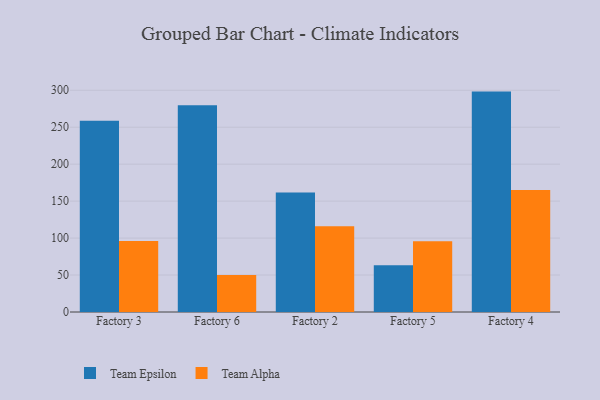
{"axis": {"x": "Factory", "y": "Market Share (%)"}, "legend": ["Team Alpha", "Team Epsilon"], "data": [{"x": "Factory 3", "y": 258.7, "type": "Team Epsilon"}, {"x": "Factory 3", "y": 96.2, "type": "Team Alpha"}, {"x": "Factory 6", "y": 279.9, "type": "Team Epsilon"}, {"x": "Factory 6", "y": 50.1, "type": "Team Alpha"}, {"x": "Factory 2", "y": 161.6, "type": "Team Epsilon"}, {"x": "Factory 2", "y": 116.0, "type": "Team Alpha"}, {"x": "Factory 5", "y": 63.1, "type": "Team Epsilon"}, {"x": "Factory 5", "y": 95.7, "type": "Team Alpha"}, {"x": "Factory 4", "y": 298.2, "type": "Team Epsilon"}, {"x": "Factory 4", "y": 164.9, "type": "Team Alpha"}]}